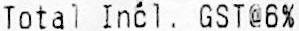
TOTAL INCL. GST@6%